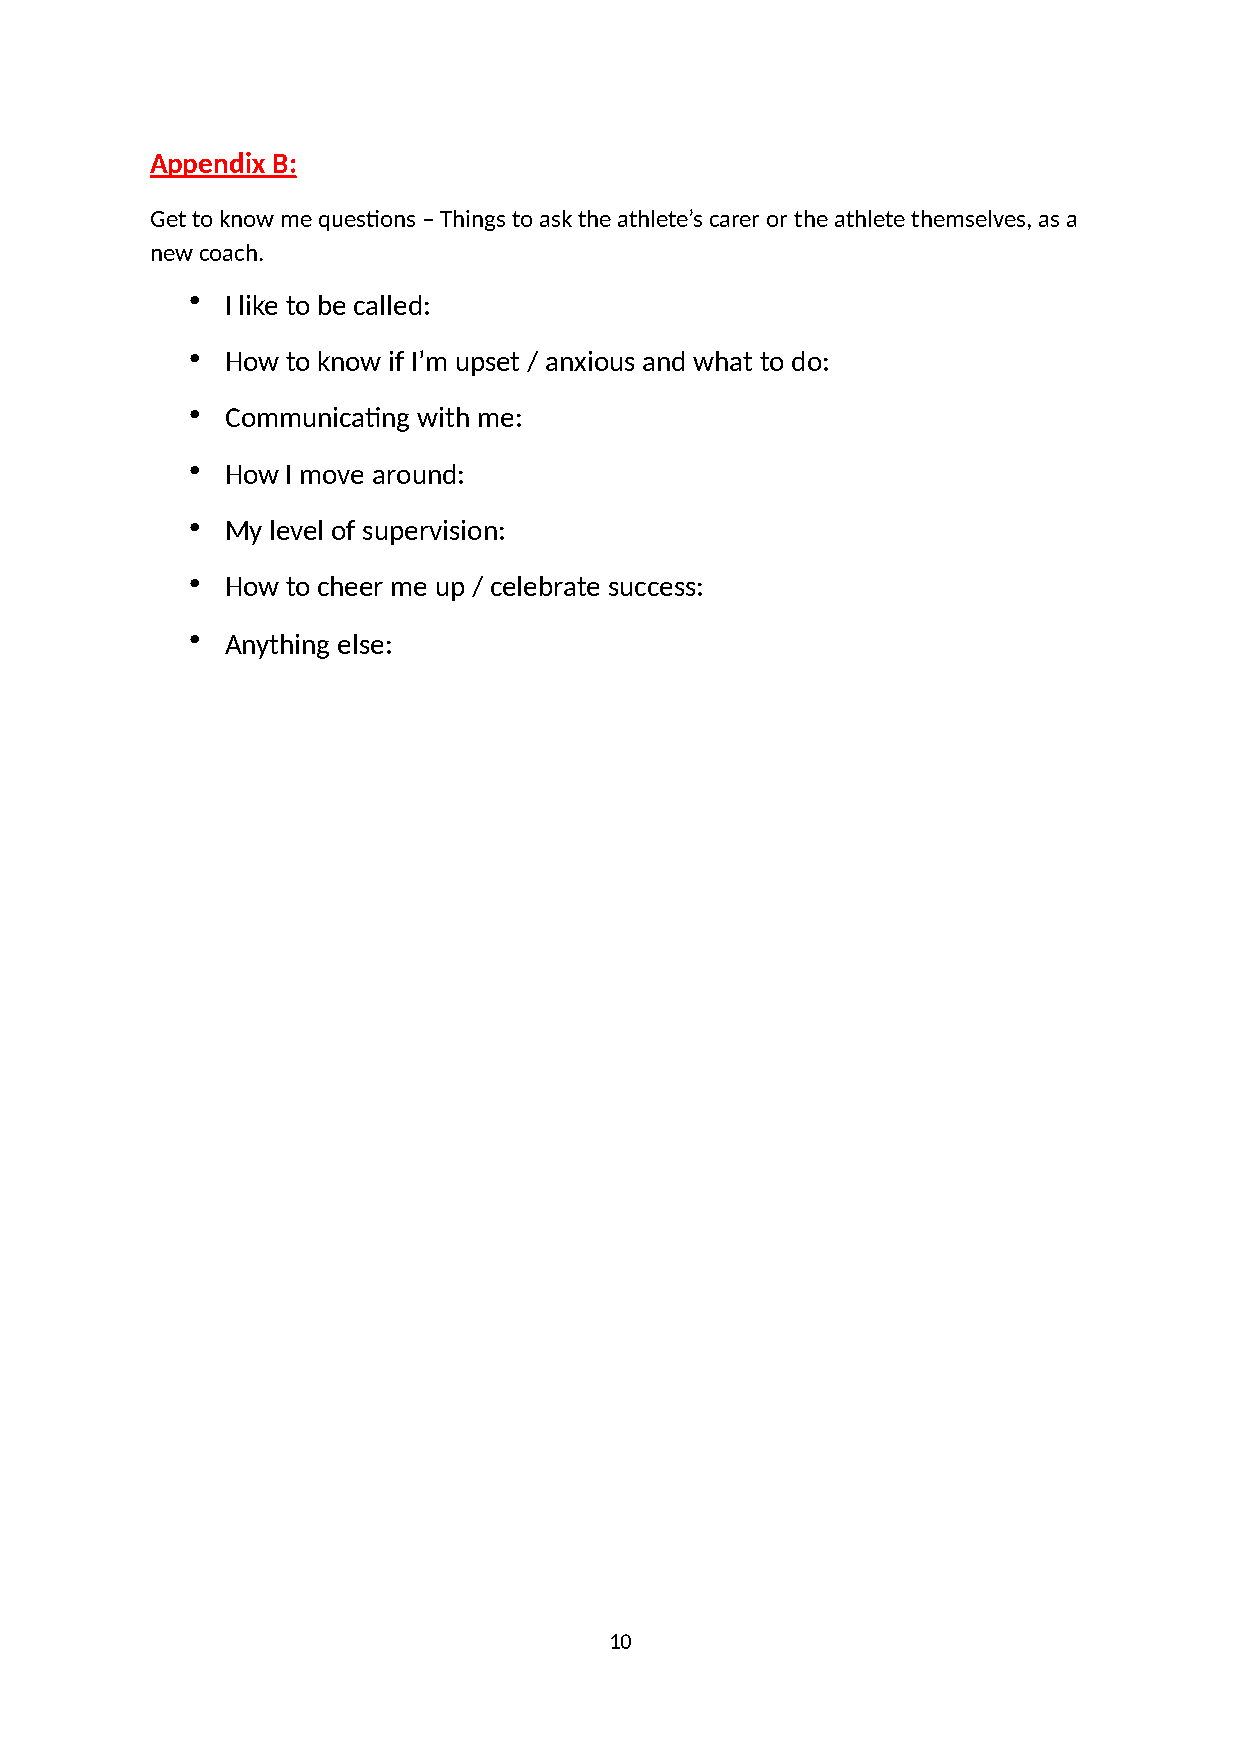
Appendix B:
 Get to know me ques:ons – Things to ask the athlete’s carer or the athlete themselves, as a
 new coach.
 •  I like to be called:
 •  How to know if I’m upset / anxious and what to do:
 •  Communica:ng with me:
 •  How I move around:
 •  My level of supervision:
 •  How to cheer me up / celebrate success:
 •  Anything else:
 10